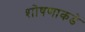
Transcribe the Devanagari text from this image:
शोषणाकडे